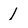
Character: 1